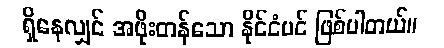
ရှိနေလျှင် အဖိုးတန်သော နိုင်ငံပင် ဖြစ်ပါတယ်။